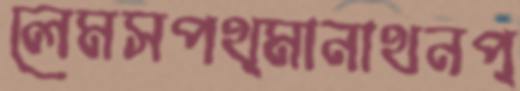
লেমসপথ্মানাথনপ্